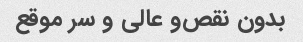
بدون نقص‌و عالی و سر موقع